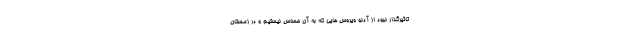
تاثیرگذار نبود از آدنو ویروس هایی که به آن حساس نیستیم و در زمستان